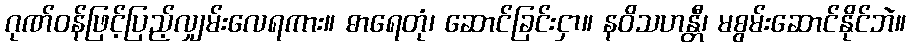
ဂုဏ်ဝန်ဖြင့်ပြည့်လျှမ်းလေရကား။ ဓာရေတုံ၊ ဆောင်ခြင်းငှာ။ နဝိသဟန္တီ၊ မစွမ်းဆောင်နိုင်ဘဲ။